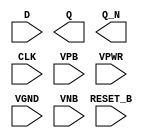
module sky130_fd_sc_hvl__dfrbp (
    //# {{data|Data Signals}}
    input  D      ,
    output Q      ,
    output Q_N    ,

    //# {{control|Control Signals}}
    input  RESET_B,

    //# {{clocks|Clocking}}
    input  CLK    ,

    //# {{power|Power}}
    input  VPB    ,
    input  VPWR   ,
    input  VGND   ,
    input  VNB
);
endmodule